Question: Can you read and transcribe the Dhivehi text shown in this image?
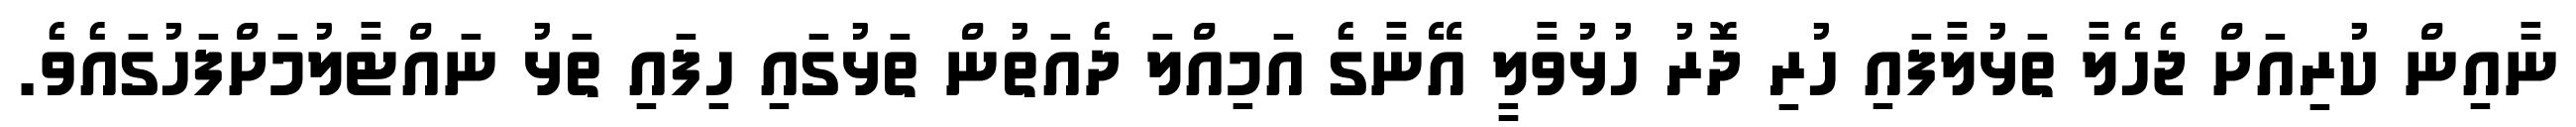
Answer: ނާއިން ކުރިއަށް ޖެހެލާ ތަޅުލާފައި ހުރި ދޮރު ހުޅުވާލީ އޭނާގެ އަމިއްލަ ދެއަތުން ތަޅުގައި ހިފައި ތަޅު ނައްޓާލުމަށްފަހުގައެވެ.